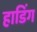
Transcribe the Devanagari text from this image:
हाडिंग